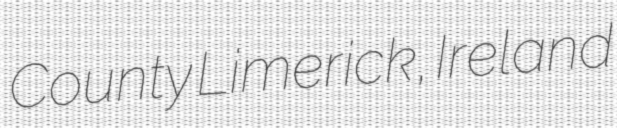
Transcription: County Limerick, Ireland